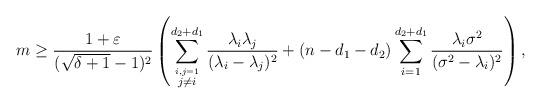
LaTeX: \begin{align*}m\geq\frac{1+\varepsilon}{(\sqrt{\delta+1}-1)^2}\left(\sum_{\stackrel{i,j=1}{j\neq i}}^{d_2+d_1} \frac{\lambda_i\lambda_j}{(\lambda_i-\lambda_j)^2}+(n-d_1-d_2)\sum_{i=1}^{d_2+d_1}\frac{\lambda_i\sigma^2}{(\sigma^2-\lambda_i)^2}\right),\end{align*}